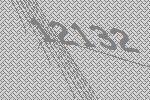
12132